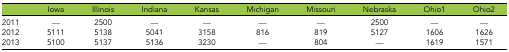
|  | Iowa | Illinois | Indiana | Kansas | Michigan | Missouri | Nebraska | Ohio1 | Ohio2 |
 | --- | --- | --- | --- | --- | --- | --- | --- | --- | --- |
 | 2011 | — | 2500 | — | — | — | — | 2500 | — | — |
 | 2012 | 5111 | 5138 | 5041 | 3158 | 816 | 819 | 5127 | 1606 | 1626 |
 | 2013 | 5100 | 5137 | 5136 | 3230 | — | 804 | — | 1619 | 1571 |